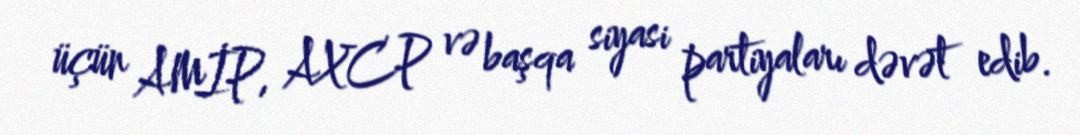
üçün AMİP, AXCP və başqa siyasi partiyaları dəvət edib.